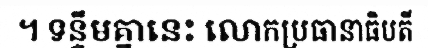
។ ទន្ទឹមគ្នានេះ លោកប្រធានាធិបតី